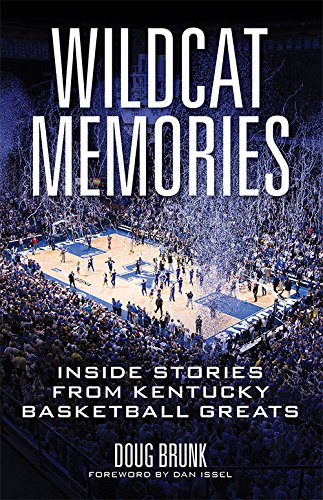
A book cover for Wildcat Memories: Inside Stories from Kentucky Basketball Greats; Doug Brunk; Biographies & Memoirs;